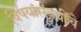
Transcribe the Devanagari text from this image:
विषयांसंबधींचे